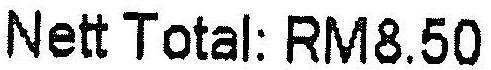
NETT TOTAL: RM8.50